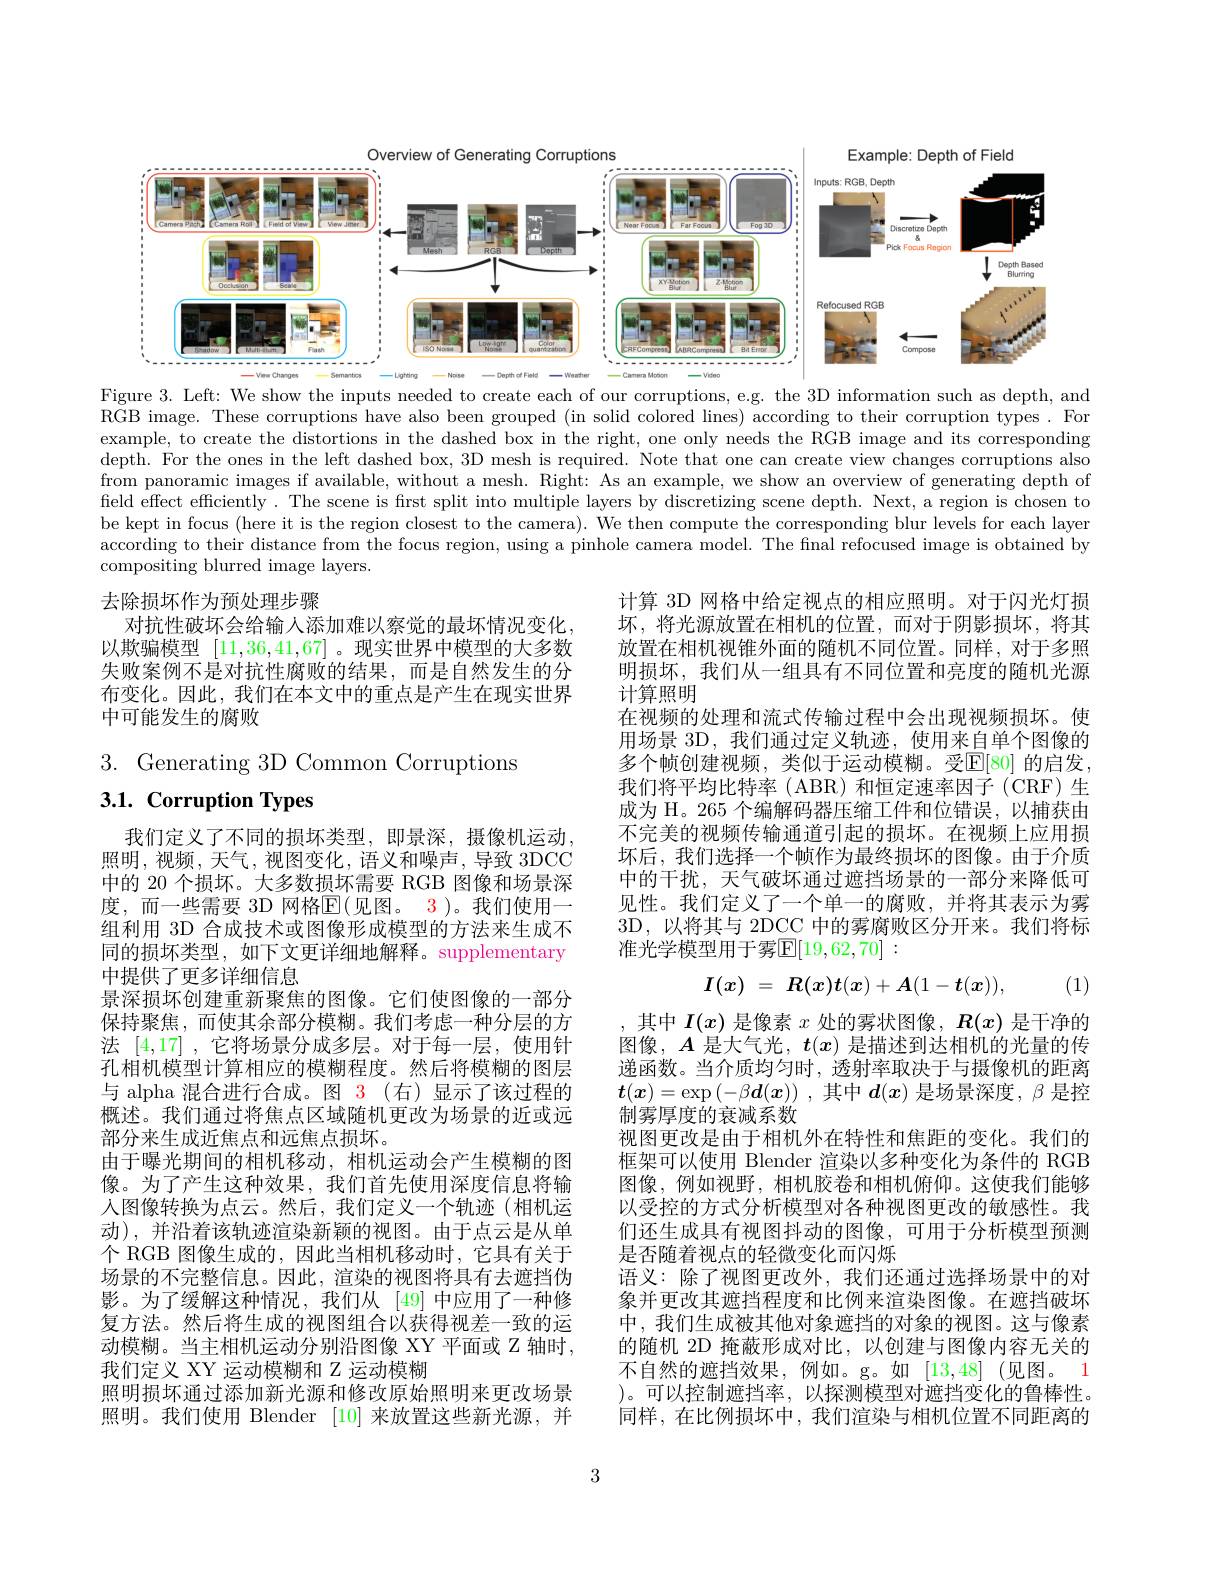
<FigureHere>

Figure 3. Left: We show the inputs needed to create each of our corruptions, e.g. the 3D information such as depth, and

RGB image. These corruptions have also been grouped (in solid colored lines) according to their corruption types. For example, to create the distortions in the dashed box in the right, one only needs the RGB image and its corresponding depth. For the ones in the left dashed box, 3D mesh is required. Note that one can create view changes corruptions also from panoramic images if available, without a mesh. Right: As an example, we show an overview of generating depth of field effect efficiently. The scene is first split into multiple layers by discretizing scene depth. Next, a region is chosen to be kept in focus (here it is the region closest to the camera). We then compute the corresponding blur levels for each layer according to their distance from the focus region, using a pinhole camera model. The final refocused image is obtained by compositing blurred image layers.

去除损坏作为预处理步骤
对抗性破坏会给输人添加难以察觉的最坏情况变化， 以欺骗模型[11,36,41,67] 。现实世界中模型的大多数失败案例不是对抗性腐败的结果，而是自然发生的分布变化。因此，我们在本文中的重点是产生在现实世界中可能发生的腐败

计算 3D 网格中给定视点的相应照明。对于闪光灯损坏，将光源放置在相机的位置，而对于阴影损坏，将其放置在相机视锥外面的随机不同位置。同样，对于多照明损坏，我们从一组具有不同位置和亮度的随机光源计算照明
在视频的处理和流式传输过程中会出现视频损坏。使用场景 3D, 我们通过定义轨迹，使用来自单个图像的多个帧创建视频，类似于运动模糊。受$\mathbb{E}[80]$ 的启发， 我们将平均比特率( ABR) 和恒定速率因子(CRF) 生成为 H。265 个编解码器压缩工件和位错误，以捕获由不完美的视频传输通道引起的损坏。在视频上应用损坏后，我们选择一个帧作为最终损坏的图像。由于介质中的干扰，天气破坏通过遮挡场景的一部分来降低可见性。我们定义了一个单一的腐败，并将其表示为雾3D, 以将其与 2DCC 中的雾腐败区分开来。我们将标准光学模型用于雾$\mathbb{E}[19,62,70]:$

3. Generating 3D Common Corruptions
# 3.1. Corruption Types
$$I(x)\:=\:R(x)t(x)+A(1-t(x)),$$
(1)

我们定义了不同的损坏类型，即景深，摄像机运动照明，视频，天气，视图变化，语义和噪声，导致 3DCC 中的 20 个损坏。大多数损坏需要 RGB 图像和场景深度，而一些需要 3D 网格$\mathbb{E}($见图。3)。我们使用一组利用 3D 合成技术或图像形成模型的方法来生成不同的损坏类型，如下文更详细地解释。supplementary 中提供了更多详细信息
景深损坏创建重新聚焦的图像。它们使图像的一部分保持聚焦，而使其余部分模糊。我们考虑一种分层的方法[4,17] ,它将场景分成多层。对于每一层，使用针孔相机模型计算相应的模糊程度。然后将模糊的图层与 alpha 混合进行合成。图 3 (右)显示了该过程的概述。我们通过将焦点区域随机更改为场景的近或远部分来生成近焦点和远焦点损坏。
由于曝光期间的相机移动，相机运动会产生模糊的图像。为了产生这种效果，我们首先使用深度信息将输人图像转换为点云。然后，我们定义一个轨迹(相机运动),并沿着该轨迹渲染新颖的视图。由于点云是从单个 RGB 图像生成的，因此当相机移动时，它具有关于场景的不完整信息。因此，渲染的视图将具有去遮挡伪影。为了缓解这种情况，我们从 [49]中应用了一种修复方法。然后将生成的视图组合以获得视差一致的运动模糊。当主相机运动分别沿图像 XY 平面或 Z 轴时， 我们定义 XY 运动模糊和 Z 运动模糊
照明损坏通过添加新光源和修改原始照明来更改场景照明。我们使用 Blender [10]来放置这些新光源，并

,其中$I(x)$是像素$x$处的雾状图像，$R(x)$是干净的图像，$A$是大气光，$t(x)$是描述到达相机的光量的传递函数。当介质均匀时，透射率取决于与摄像机的距离$\boldsymbol{t}(\boldsymbol{x})=\exp\left(-\beta\boldsymbol{d}(\boldsymbol{x})\right)$,其中$d(\boldsymbol{x})$是场景深度，$\beta$是控制雾厚度的衰减系数
视图更改是由于相机外在特性和焦距的变化。我们的框架可以使用 Blender 渲染以多种变化为条件的 RGB 图像，例如视野，相机胶卷和相机俯仰。这使我们能够以受控的方式分析模型对各种视图更改的敏感性。我们还生成具有视图抖动的图像，可用于分析模型预测是否随着视点的轻微变化而闪烁
语义：除了视图更改外，我们还通过选择场景中的对象并更改其遮挡程度和比例来渲染图像。在遮挡破坏中，我们生成被其他对象遮挡的对象的视图。这与像素的随机 2D 掩蔽形成对比，以创建与图像内容无关的不自然的遮挡效果、例如。g。如|13,48|(见图。1 )。可以控制遮挡率，以探测模型对遮挡变化的鲁棒性。同样，在比例损坏中，我们渲染与相机位置不同距离的

3